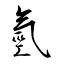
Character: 氫